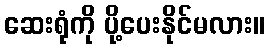
ဆေးရုံကို ပို့ပေးနိုင်မလား။